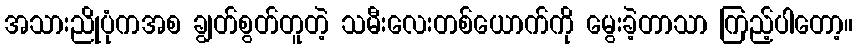
အသားညိုပုံကအစ ချွတ်စွတ်တူတဲ့ သမီးလေးတစ်ယောက်ကို မွေးခဲ့တာသာ ကြည့်ပါတော့။